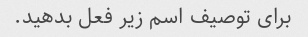
برای توصیف اسم زیر فعل بدهید.